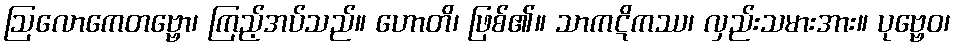
ဩလောကေတဗ္ဗော၊ ကြည့်အပ်သည်။ ဟောတိ၊ ဖြစ်၏။ သာကဋိကဿ၊ လှည်းသမားအား။ ပုဗ္ဗေဝ၊